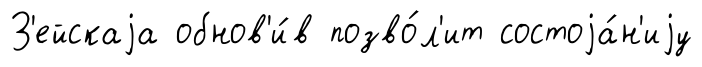
З'ейскаjа обнов'и́в позво́л'ит состоjа́н'иjу